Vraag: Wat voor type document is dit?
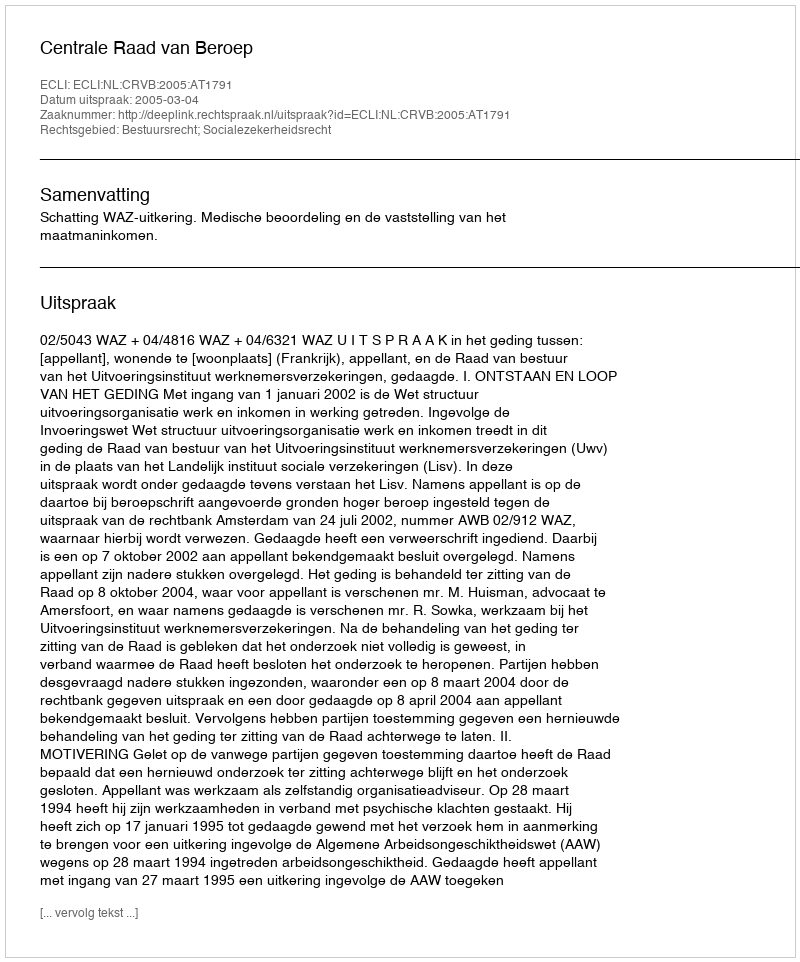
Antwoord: Uitspraak